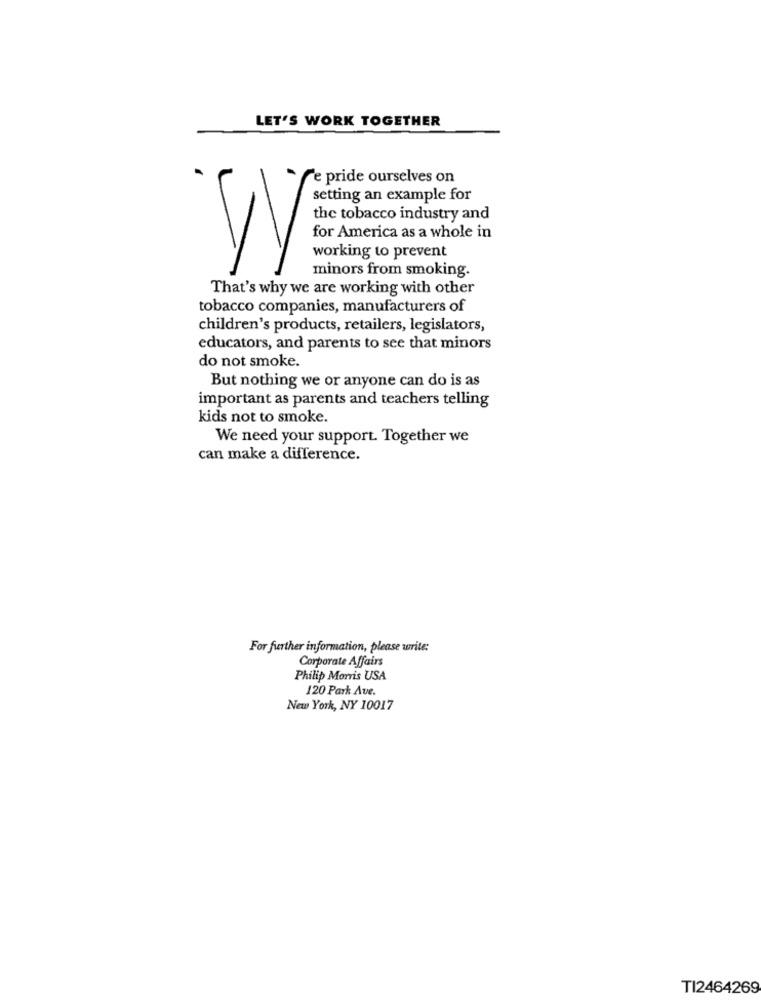
LET'S WORK TOGETHER
'e pride ourselves on
setting an example for
the tobacco industry and
for America as a whole in
working to prevent
minors from smoking.
That's why we are working with other
tobacco companies, manufacturers of
children's products, retailers, legislators,
educators, and parents to see that minors
do not smoke.
But nothing we or anyone can do is as
important as parents and teachers telling
kids not to smoke.
We need your support. Together we
can make a difference.
For further information, please write:
Corporate Affairs
Philip Morris USA
120 Park Ave.
New York, NY 10017
TI2464269